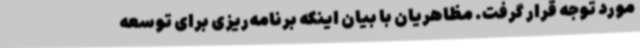
مورد توجه قرار گرفت. مظاهریان با بیان اینکه برنامه‌ریزی برای توسعه